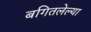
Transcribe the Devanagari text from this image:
बगितलेल्या